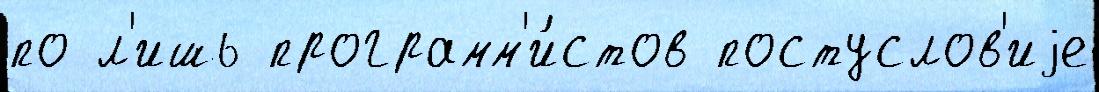
по л'ишь программ'и́стов постуслов'иjе